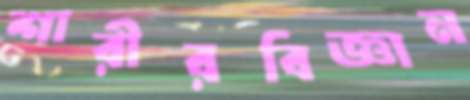
শারীরবিজ্ঞান